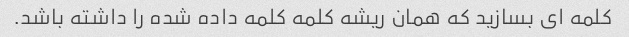
کلمه ای بسازید که همان ریشه کلمه کلمه داده شده را داشته باشد.